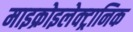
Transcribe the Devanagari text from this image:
माइक्रोइलेक्ट्रानिक